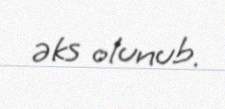
əks olunub.